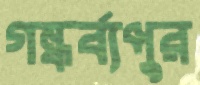
গন্ধর্ব্যপুর